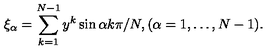
\xi _ { \alpha } = \sum _ { k = 1 } ^ { N - 1 } y ^ { k } \sin \alpha k \pi / N , ( \alpha = 1 , \ldots , N - 1 ) .